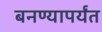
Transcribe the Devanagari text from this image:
बनण्यापर्यंत